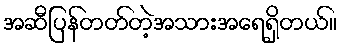
အဆီပြန်တတ်တဲ့အသားအရေရှိတယ်။